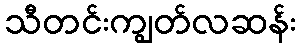
သီတင်းကျွတ်လဆန်း